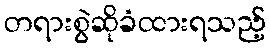
တရားစွဲဆိုခံထားရသည့်